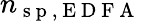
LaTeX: n_{\mathrm{~s~p~},\mathrm{~E~D~F~A~}}